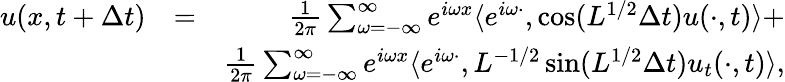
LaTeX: \begin{array}{rlr}{u(x,t+\Delta t)}&{=}&{\frac{1}{2\pi}\sum_{\omega=-\infty}^{\infty}e^{i\omega x}\langle e^{i\omega\cdot},\cos(L^{1/2}\Delta t)u(\cdot,t)\rangle+}\\ &{}&{\frac{1}{2\pi}\sum_{\omega=-\infty}^{\infty}e^{i\omega x}\langle e^{i\omega\cdot},L^{-1/2}\sin(L^{1/2}\Delta t)u_{t}(\cdot,t)\rangle,}\end{array}